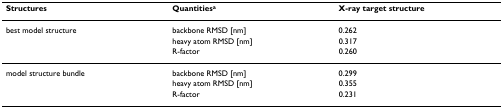
<table><thead><tr><td><b>Structures</b></td><td><b>Quantities<sup>a</sup></b></td><td><b>X-ray target structure</b></td></tr></thead><tbody><tr><td>best model structure</td><td>backbone RMSD [nm]</td><td>0.262</td></tr><tr><td></td><td>heavy atom RMSD [nm]</td><td>0.317</td></tr><tr><td></td><td>R-factor</td><td>0.260</td></tr><tr><td>model structure bundle</td><td>backbone RMSD [nm]</td><td>0.299</td></tr><tr><td></td><td>heavy atom RMSD [nm]</td><td>0.355</td></tr><tr><td></td><td>R-factor</td><td>0.231</td></tr></tbody></table>